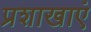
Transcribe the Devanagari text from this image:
प्रशाखाएं